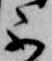
不